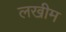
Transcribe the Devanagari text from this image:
लखीम